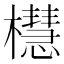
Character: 櫘